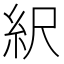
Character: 䋇